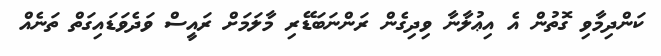
ކަންދިމާވި ގޮތުން އެ އިޢުލާނާ ވިދިގެން ރަންނަބަޑޭރި މާލަމަށް ރައީސް ވަދެވަޑައިގަތް ތަނެއް